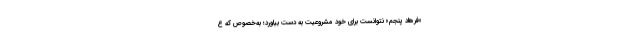
«فرهاد پنجم» نتوانست برای خود مشروعیت به دست بیاورد؛ به‌خصوص که ع